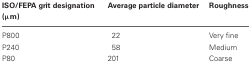
| ISO/FEPA grit designation (μm) | Average particle diameter | Roughness |
 | --- | --- | --- |
 | P800 | 22 | Very fine |
 | P240 | 58 | Medium |
 | P80 | 201 | Coarse |